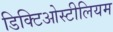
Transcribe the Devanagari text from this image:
डिक्टिओस्टीलियम